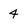
Character: 4